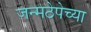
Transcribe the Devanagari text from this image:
जन्मठेपेच्या